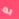
به